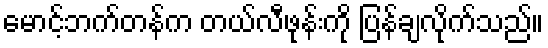
မောင့်ဘက်တန်က တယ်လီဖုန်းကို ပြန်ချလိုက်သည်။